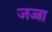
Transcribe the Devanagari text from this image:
जज्जा